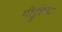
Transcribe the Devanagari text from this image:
गीर्ट्रुइडा